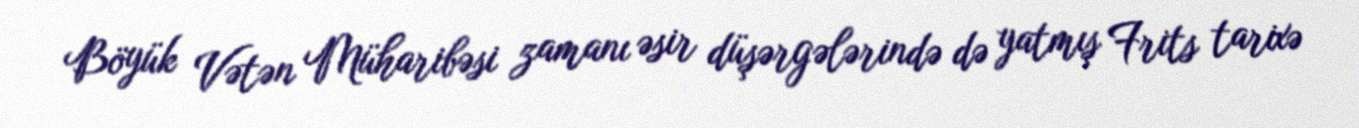
Böyük Vətən Müharibəsi zamanı əsir düşərgələrində də yatmış Frits tarixə